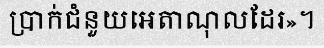
ប្រាក់ជំនួយអេតាណុលដែរ»។